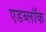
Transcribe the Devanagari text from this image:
एडब्लॉक